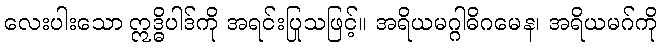
လေးပါးသော ဣဒ္ဓိပါဒ်ကို အရင်းပြုသဖြင့်။ အရိယမဂ္ဂါဓိဂမေန၊ အရိယမဂ်ကို